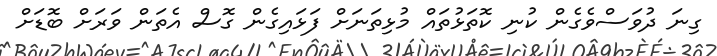
ގިނަ ދުވަސްވެގެން ކުނި ކޮތަޅުތައް މުޅިތަނަށް ފަޅައިގެން ގޮސް އެތަން ވަރަށް ބޮޑަށް